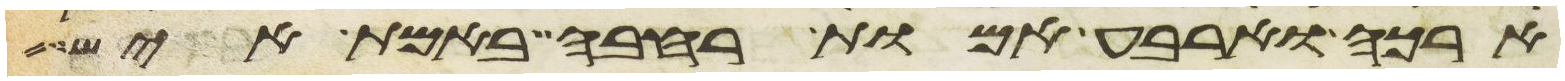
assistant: ארכה וארבע אמות רחבה באמת איש